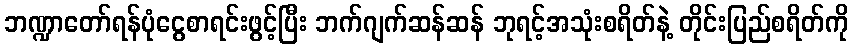
ဘဏ္ဍာတော်ရန်ပုံငွေစာရင်းဖွင့်ပြီး ဘက်ဂျက်ဆန်ဆန် ဘုရင့်အသုံးစရိတ်နဲ့ တိုင်းပြည်စရိတ်ကို